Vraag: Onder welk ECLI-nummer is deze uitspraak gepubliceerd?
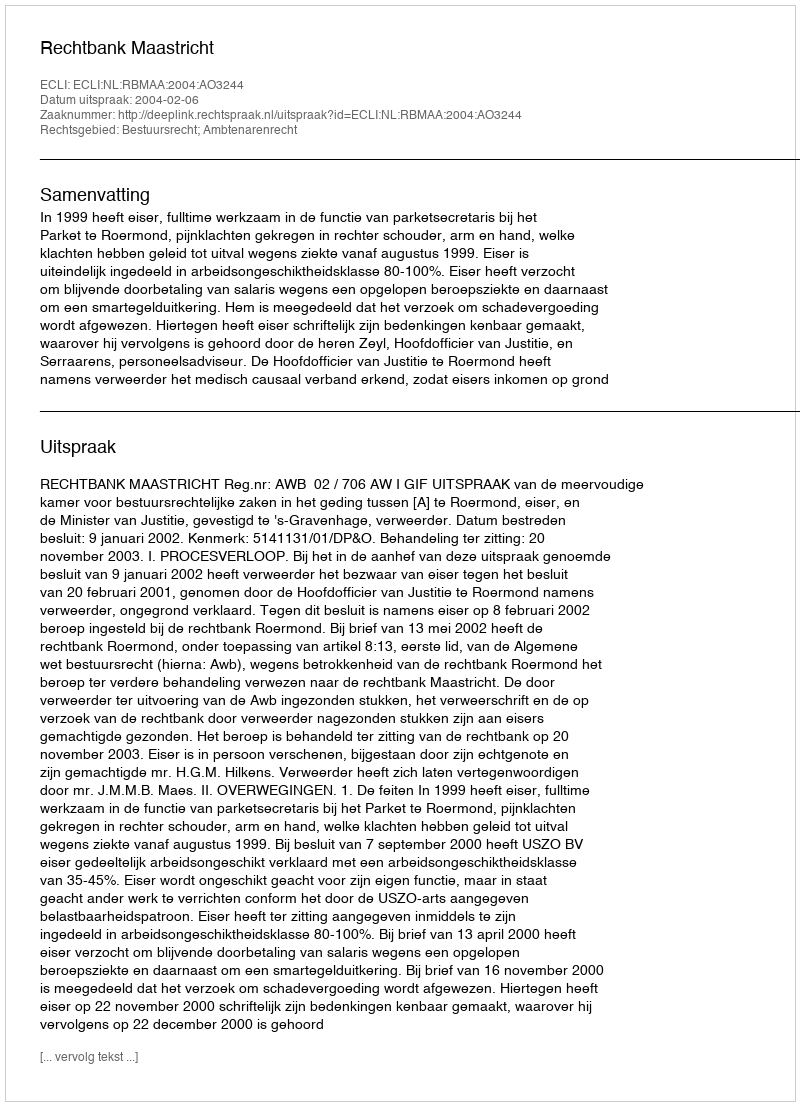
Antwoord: ECLI:NL:RBMAA:2004:AO3244